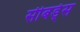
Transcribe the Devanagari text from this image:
सीबर्ड्स